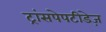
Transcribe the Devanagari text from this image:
ट्रांसपेपटीडेज़